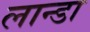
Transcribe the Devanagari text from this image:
लान्डा